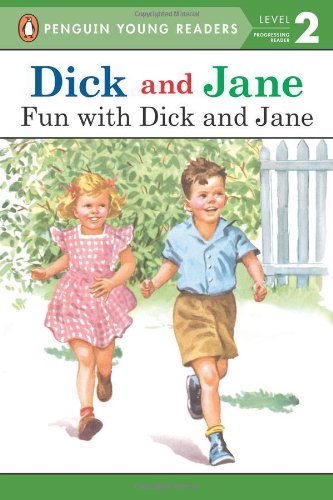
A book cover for Dick and Jane: Fun with Dick and Jane; Not Available (NA); Children's Books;